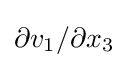
\partial v_{1}/\partial x_{3}